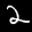
Label: 2